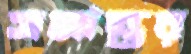
সমান্তর